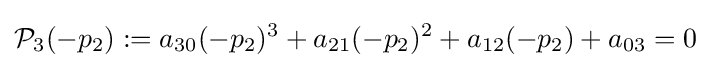
{\mathcal {P}}_{3}(-p_{2}):=a_{30}(-p_{2})^{3}+a_{21}(-p_{2})^{2}+a_{12}(-p_{2})+a_{03}=0